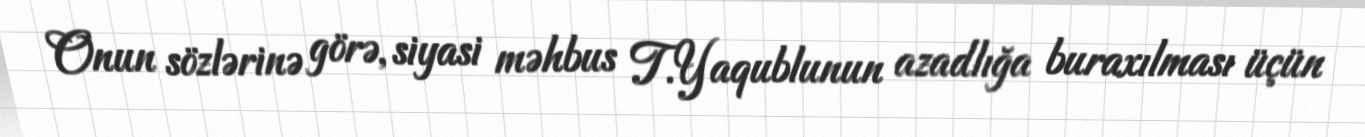
Onun sözlərinə görə, siyasi məhbus T.Yaqublunun azadlığa buraxılması üçün